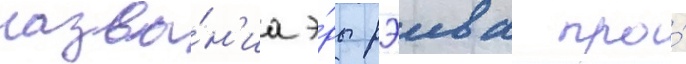
назва́н'иа э́ры рэива про́